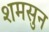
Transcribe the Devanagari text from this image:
शमसुन